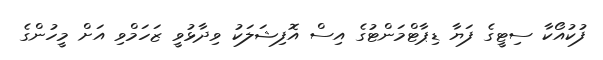
ފުކުއޯކާ ސިޓީގެ ފަޔާ ޑިޕާޓްމަންޓުގެ އިސް އޮފިޝަލަކު ވިދާޅުވީ ޒަހަމްވި އަށް މީހުންގެ